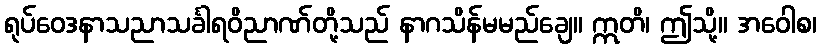
ရုပ်ဝေဒနာသညာသင်္ခါရဝိညာဏ်တို့သည် နာဂသိန်မမည်ချေ။ ဣတိ၊ ဤသို့။ အဝေါစ၊